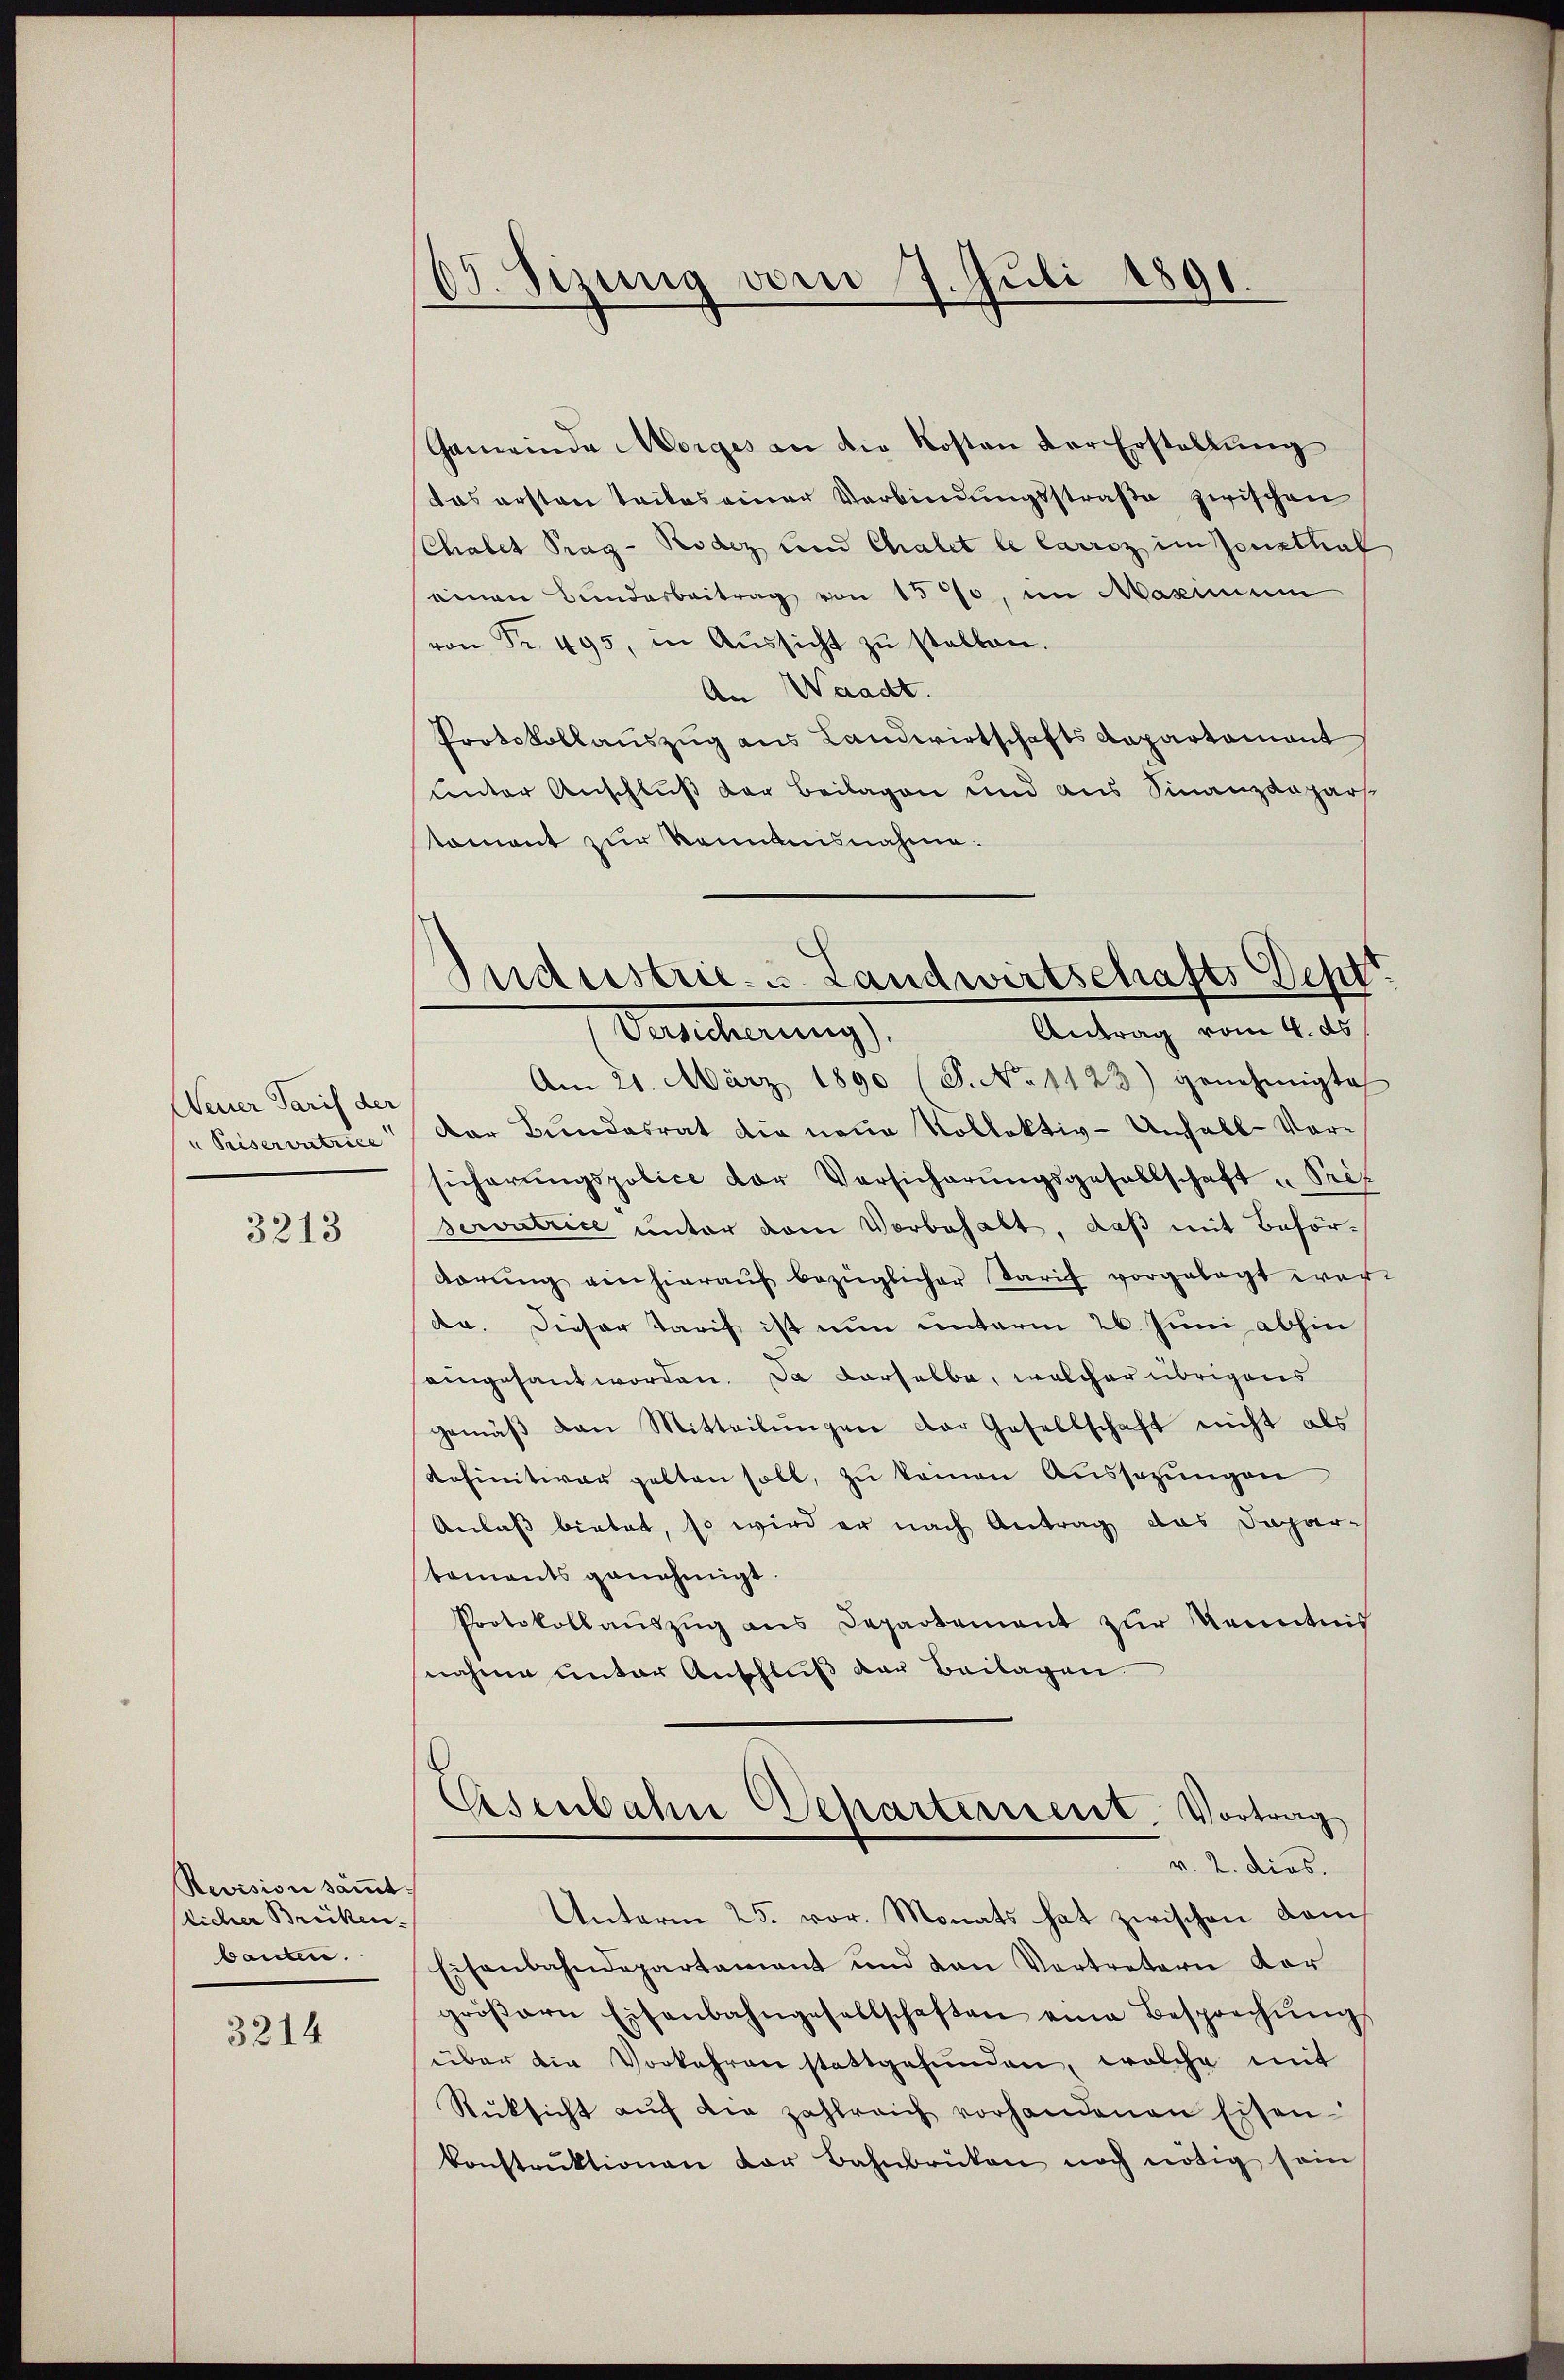
Neuer Tarif der
u Priservutrice

3213

Revision sämt.
Sicher Brücken.
bauten.

3214

r
ging vom 7. Juli 1891.

Gemeinde Morges an die Kosten der Erstellung
das ersten Teiles einer Verbindungsstraße zwischen
Chalet Trag- Rodez und Chalet le Carriz im Fensthal
einen Bunderbeitrag von 1570, im Maximum
von Fr. 495, in Aŭssicht zŭ stellen.
An Waadt.
Protokollauszug aus Landwirtschafts Departament
unter Anschluß der Beilagen und aus Finanzdepar
toment zur Kenntnisnahme.
Antrag vom 4. ds
Versicherungs-
Am 21. März 1890 (S. No 1123) genehmigte
der Bundesrat die neue Kollektiv-Unhall-Vorsicherŭngspolice der Versicherŭngsgesellschaft „Pris
servatrice unter dem Vorbehalt, daß mit Behördarŭng einhieraŭf bezüglicher Tarif vorgelegt war
da. Dieser Tarif ist nun unterm 26. Juni abhin
eingesant worden. Da derselbe, welcher übrigens
gemäβ den Mitteilŭngen der Gesellschaft nicht als
definitiver gelten soll, zu kamen Aussezungen
Anlaß bietet, so wird er nach Antrag das Departaments genehmigt
Protokoll aŭszŭg ans Departement zŭr Kenntnis
nahme unter Anschluß der Beilagen.
Eisenbahn Departement. Vortrag
v. 2. dies
Unterm 25. vor. Monats hat zwischen dem
Eisenbahndepartament und van Vertretern vor
gröβern Eisenbahngesellschaften eine Besprechŭngs
über die Vorkehren stattgefunden, welche mit
Rücksicht aŭf die zahlreich vorhandenen Eisen-
konstrŭktionen der Bahnbrücken noch nötig sein

Industrie- u. Landwirtschafts Deput